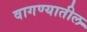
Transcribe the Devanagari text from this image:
वागण्यातील